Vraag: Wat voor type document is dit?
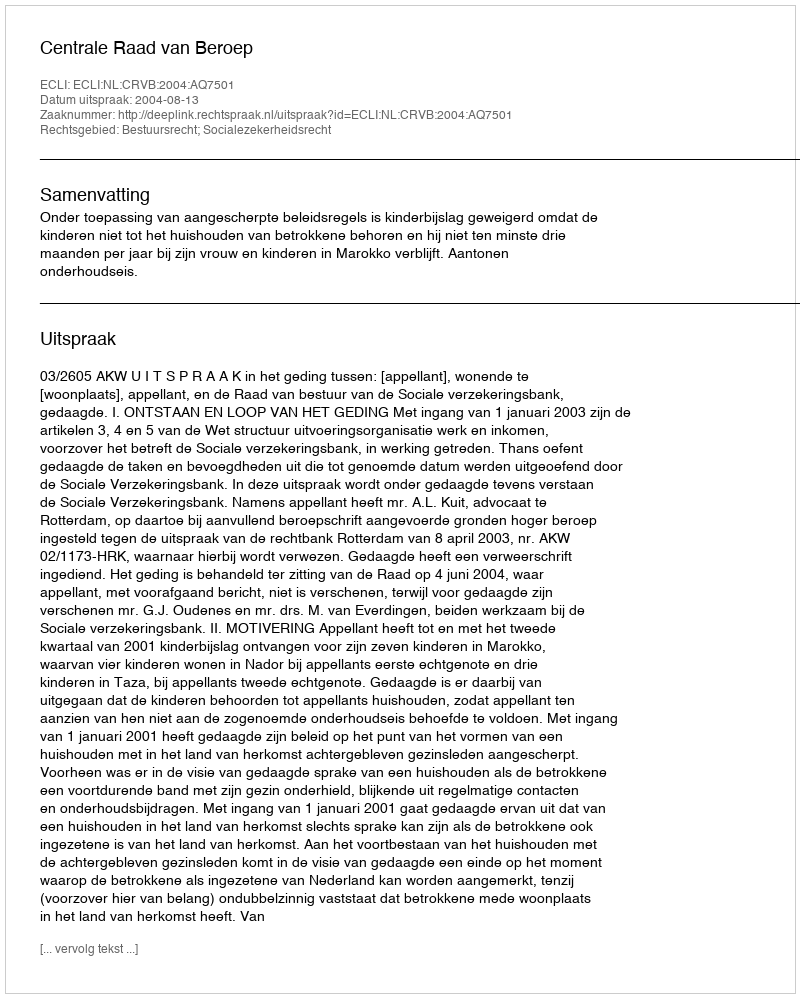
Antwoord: Uitspraak